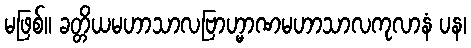
မဖြစ်။ ခတ္တိယမဟာသာလဗြာဟ္မာဏမဟာသာလကုလာနံ ပန၊